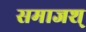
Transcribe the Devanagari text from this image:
समाजश्